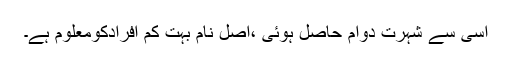
اسی سے شہرت دوام حاصل ہوئی ،اصل نام بہت کم افرادکومعلوم ہے۔